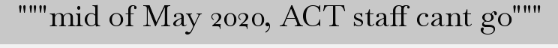
"""mid of May 2020, ACT staff cant go"""